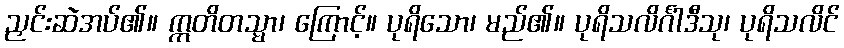
ညှင်းဆဲအပ်၏။ ဣတိတသ္မာ၊ ကြောင့်။ ပုရိသော၊ မည်၏။ ပုရိသလိင်္ဂါဒီသု၊ ပုရိသလိင်